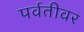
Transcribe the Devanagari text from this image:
पर्वतीवर